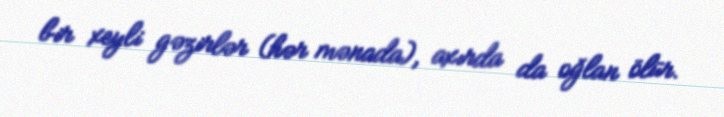
bir xeyli gəzirlər (hər mənada), axırda da oğlan ölür.